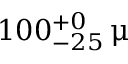
1 0 0 _ { - 2 5 } ^ { + 0 } \, \upmu